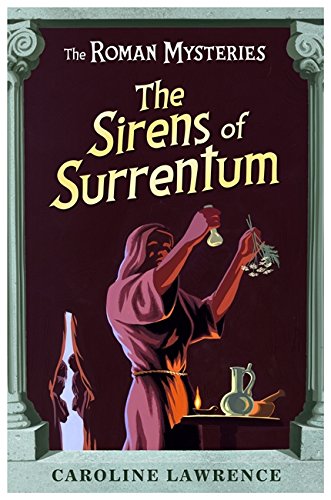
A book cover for The Sirens of Surrentum (The Roman Mysteries); Caroline Lawrence; Teen & Young Adult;